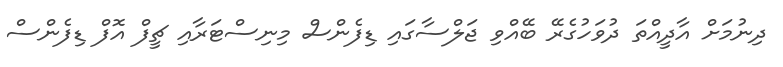
ދިނުމަށް އާދީއްތަ ދުވަހުގެރޭ ބޭއްވި ޖަލްސާގައި ޑިފެންސް މިނިސްޓަރާއި ޗީފް އޮފް ޑިފެންސް